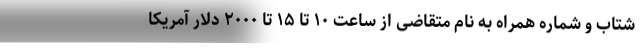
شتاب و شماره همراه به نام متقاضی از ساعت ۱۰ تا ۱۵ تا ۲۰۰۰ دلار آمریکا